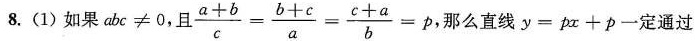
8. (1) 如果 $$a b c ≠ 0$$，且 $$\frac { a + b } { c } = \frac { b + c } { a } = \frac { c + a } { b } = p$$， 那么直线$$y = p x + p$$ 一定通过